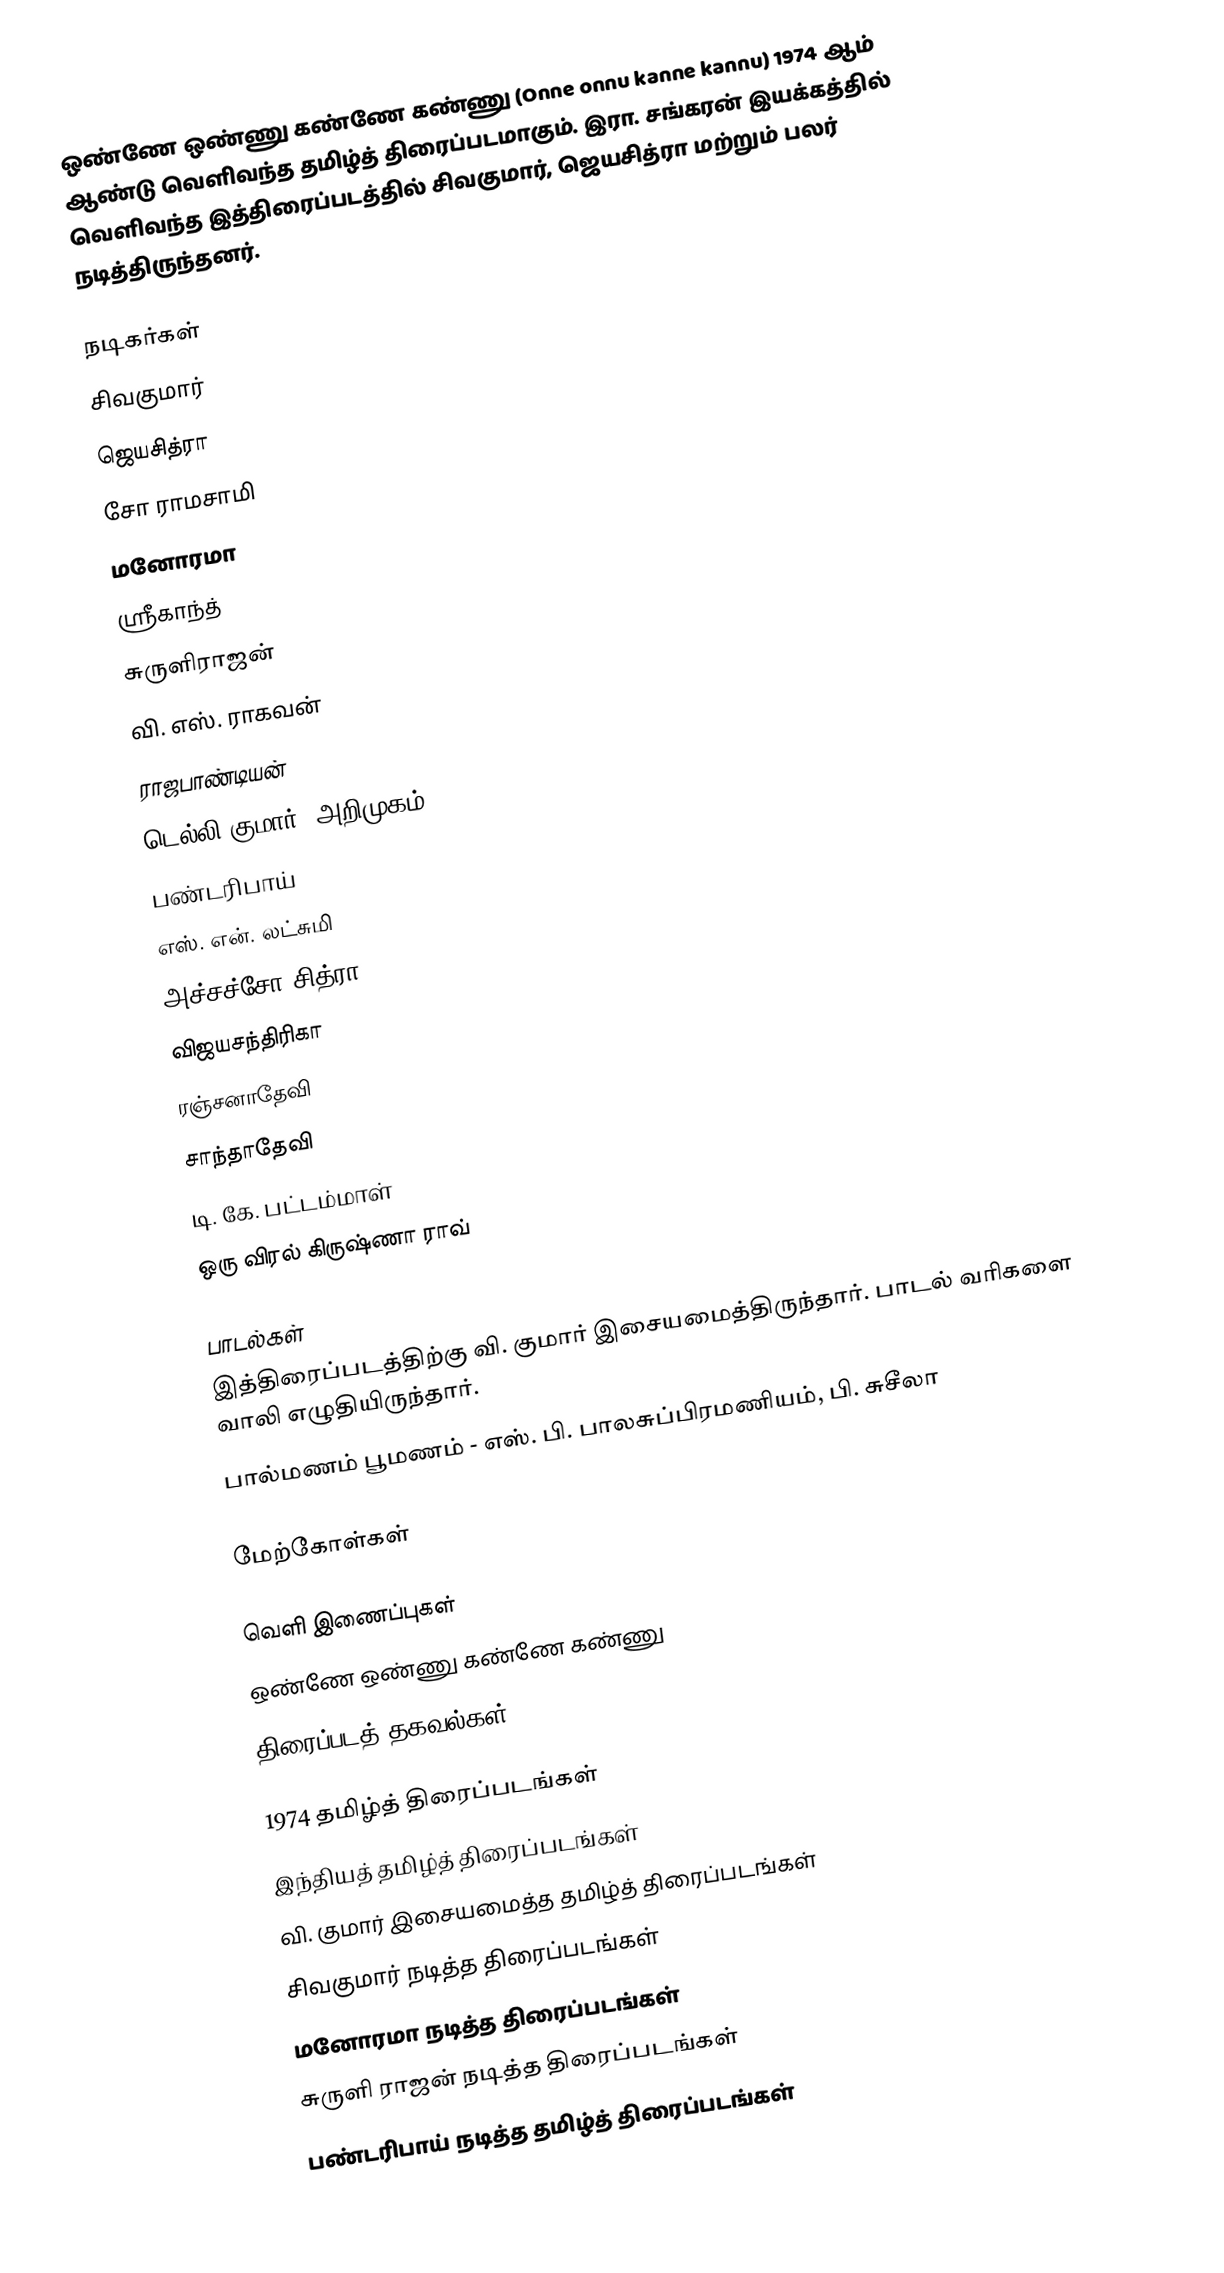
ஒண்ணே ஒண்ணு கண்ணே கண்ணு (Onne onnu kanne kannu) 1974 ஆம் ஆண்டு வெளிவந்த தமிழ்த் திரைப்படமாகும். இரா. சங்கரன் இயக்கத்தில் வெளிவந்த இத்திரைப்படத்தில் சிவகுமார், ஜெயசித்ரா மற்றும் பலர் நடித்திருந்தனர்.

நடிகர்கள்
 சிவகுமார்
 ஜெயசித்ரா
 சோ ராமசாமி
 மனோரமா
 ஸ்ரீகாந்த்
 சுருளிராஜன்
 வி. எஸ். ராகவன்
 ராஜபாண்டியன்
 டெல்லி குமார் (அறிமுகம்)
 பண்டரிபாய்
 எஸ். என். லட்சுமி
 அச்சச்சோ சித்ரா
 விஜயசந்திரிகா
 ரஞ்சனாதேவி
 சாந்தாதேவி
 டி. கே. பட்டம்மாள்
 ஒரு விரல் கிருஷ்ணா ராவ்

பாடல்கள்
இத்திரைப்படத்திற்கு வி. குமார் இசையமைத்திருந்தார். பாடல் வரிகளை வாலி எழுதியிருந்தார்.
 பால்மணம் பூமணம் - எஸ். பி. பாலசுப்பிரமணியம், பி. சுசீலா

மேற்கோள்கள்

வெளி இணைப்புகள்
 ஒண்ணே ஒண்ணு கண்ணே கண்ணு
 திரைப்படத் தகவல்கள்

1974 தமிழ்த் திரைப்படங்கள்
இந்தியத் தமிழ்த் திரைப்படங்கள்
வி. குமார் இசையமைத்த தமிழ்த் திரைப்படங்கள்
சிவகுமார் நடித்த திரைப்படங்கள்
மனோரமா நடித்த திரைப்படங்கள்
சுருளி ராஜன் நடித்த திரைப்படங்கள்
பண்டரிபாய் நடித்த தமிழ்த் திரைப்படங்கள்